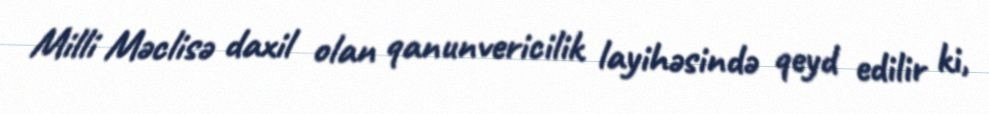
Milli Məclisə daxil olan qanunvericilik layihəsində qeyd edilir ki,